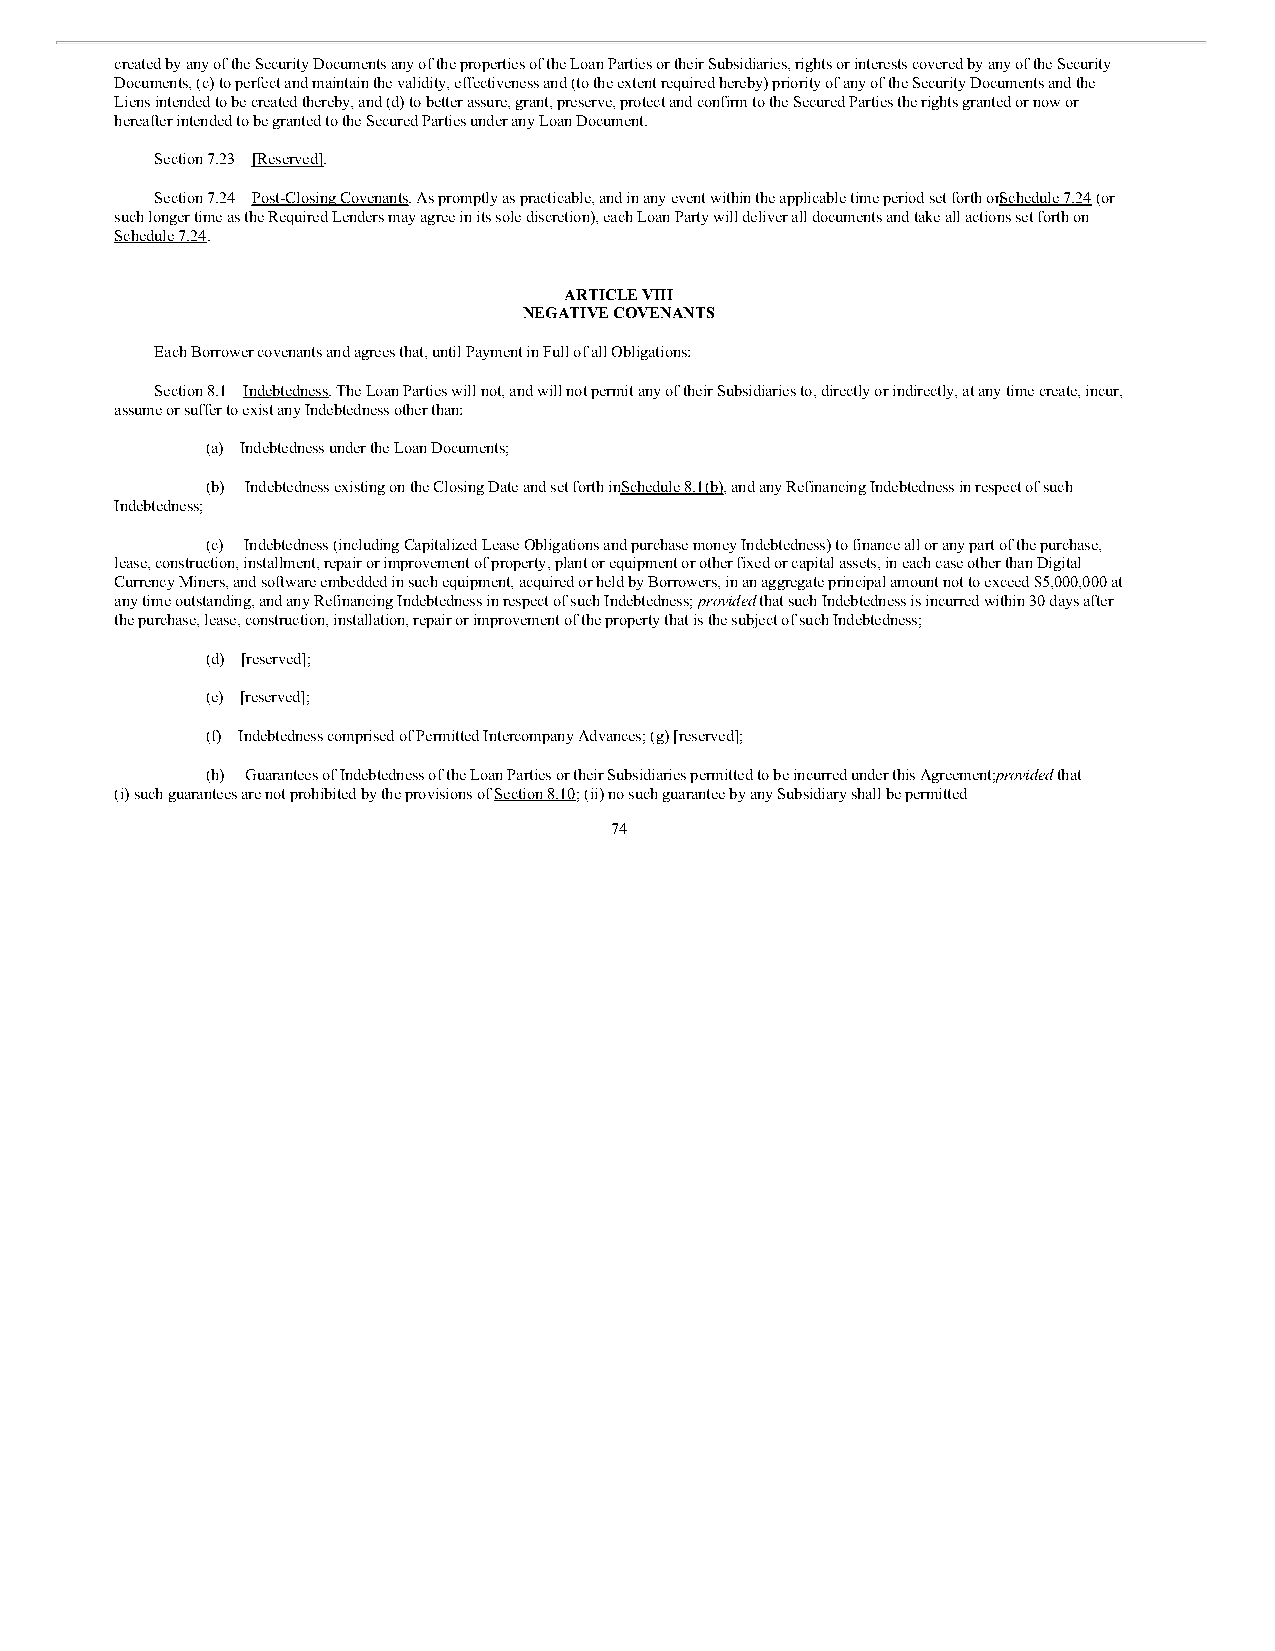
created by any of the Security Documents any of the properties of the Loan Parties or their Subsidiaries, rights or interests covered by any of the Security
 Documents, (c) to perfect and maintain the validity, effectiveness and (to the extent required hereby) priority of any of the Security Documents and the
 Liens intended to be created thereby, and (d) to better assure, grant, preserve, protect and confirm to the Secured Parties the rights granted or now or
 hereafter intended to be granted to the Secured Parties under any Loan Document.
 Section 7.23 [Reserved].
 Section 7.24 Post-Closing Covenants. As promptly as practicable, and in any event within the applicable time period set forth onS chedule 7.24 (or
 such longer time as the Required Lenders may agree in its sole discretion), each Loan Party will deliver all documents and take all actions set forth on
 Schedule 7.24.
 ARTICLE VIII
 NEGATIVE COVENANTS
 Each Borrower covenants and agrees that, until Payment in Full of all Obligations:
 Section 8.1 Indebtedness. The Loan Parties will not, and will not permit any of their Subsidiaries to, directly or indirectly, at any time create, incur,
 assume or suffer to exist any Indebtedness other than:
 (a) Indebtedness under the Loan Documents;
 (b) Indebtedness existing on the Closing Date and set forth in Schedule 8.1(b), and any Refinancing Indebtedness in respect of such
 Indebtedness;
 (c) Indebtedness (including Capitalized Lease Obligations and purchase money Indebtedness) to finance all or any part of the purchase,
 lease, construction, installment, repair or improvement of property, plant or equipment or other fixed or capital assets, in each case other than Digital
 Currency Miners, and software embedded in such equipment, acquired or held by Borrowers, in an aggregate principal amount not to exceed $5,000,000 at
 any time outstanding, and any Refinancing Indebtedness in respect of such Indebtedness; provided that such Indebtedness is incurred within 30 days after
 the purchase, lease, construction, installation, repair or improvement of the property that is the subject of such Indebtedness;
 (d) [reserved];
 (e) [reserved];
 (f) Indebtedness comprised of Permitted Intercompany Advances; (g) [reserved];
 (h) Guarantees of Indebtedness of the Loan Parties or their Subsidiaries permitted to be incurred under this Agreement;p rovided that
 (i) such guarantees are not prohibited by the provisions of Section 8.10; (ii) no such guarantee by any Subsidiary shall be permitted
 74